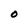
Character: 0